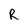
Character: R